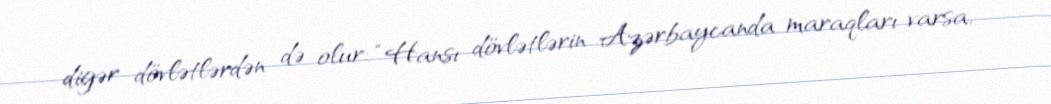
digər dövlətlərdən də olur: “Hansı dövlətlərin Azərbaycanda maraqları varsa,